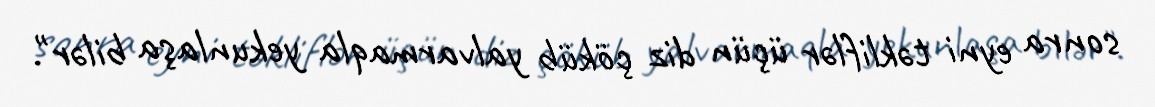
sonra eyni təkliflər üçün diz çöküb yalvarmaqla yekunlaşa bilər".